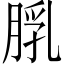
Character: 𦜘